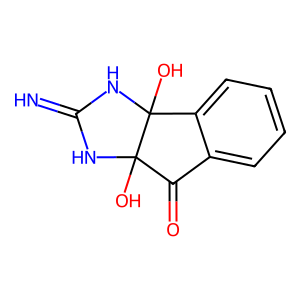
SMILES: N=C1NC2(O)C(=O)c3ccccc3C2(O)N1
Inhibits HIV replication: No